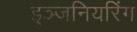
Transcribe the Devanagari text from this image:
इञ्जनियरिंग